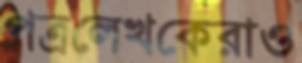
পত্রলেখকেরাও